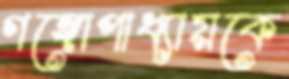
গঙ্গোপাধ্যায়কে